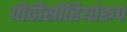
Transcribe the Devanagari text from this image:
पीढीसोढियांरूप